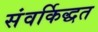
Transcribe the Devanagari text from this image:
संवर्किद्धत